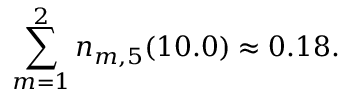
\sum _ { m = 1 } ^ { 2 } n _ { m , 5 } ( 1 0 . 0 ) \approx 0 . 1 8 .